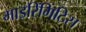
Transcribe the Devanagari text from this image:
माइरिंगिटिस